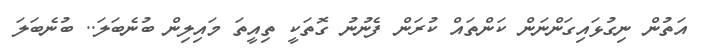
އަތުން ނިގުޅައިގަންނަން ކަންތައް ކުރަން ފެނުނު ގޮތަކީ ތިއީތަ މައިލިން ބުނެބަލަ.. ބުނެބަލަ